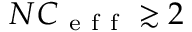
N C _ { \mathrm { ~ e ~ f ~ f ~ } } \gtrsim 2